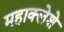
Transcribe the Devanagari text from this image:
महाक्लेशे